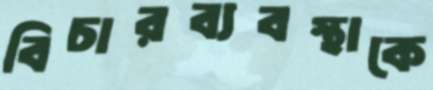
বিচারব্যবস্থাকে